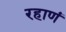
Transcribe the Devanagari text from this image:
रहाणं